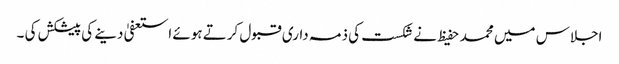
اجلاس میں محمد حفیظ نے شکست کی ذمہ داری قبول کرتے ہوئے استعفیٰ دینے کی پیشکش کی ۔